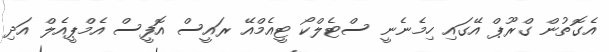
އެގޮތުން ގްރޫޕް އޭގައި ހިމެނެނީ ސްޓެލްކޯ ޓީއެމްއޭ ރައީސް އޮފީސް އެމްޕީއެލް އަދި